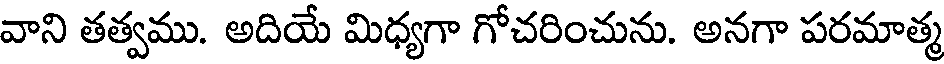
వాని తత్వము. అదియే మిధ్యగా గోచరించును. అనగా పరమాత్మ